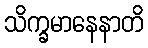
သိက္ခမာနေနာတိ